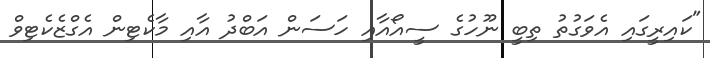
"ކައިރީގައި އެވަގުތު ތިބީ ނޫހުގެ ސީއޯއާއި ހަސަން އަބްދު އާއި މާކެޓިން އެގްޒެކެޓިވް